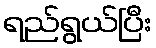
ရည်ရွယ်ပြီး